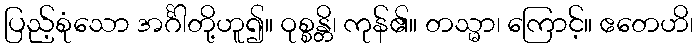
ပြည့်စုံသော အင်္ဂါတို့ဟူ၍။ ဝုစ္စန္တိ၊ ကုန်၏။ တသ္မာ၊ ကြောင့်။ ဧတေဟိ၊